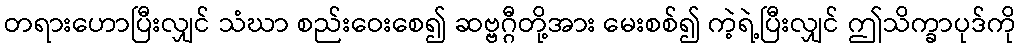
တရားဟောပြီးလျှင် သံဃာ စည်းဝေးစေ၍ ဆဗ္ဗဂ္ဂီတို့အား မေးစစ်၍ ကဲ့ရဲ့ပြီးလျှင် ဤသိက္ခာပုဒ်ကို